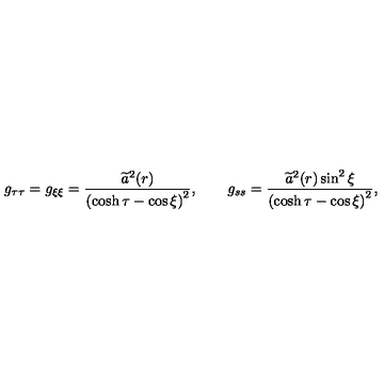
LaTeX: g _ { \tau \tau } = g _ { \xi \xi } = \frac { \widetilde { a } ^ { 2 } ( r ) } { \left( \cosh \tau - \cos \xi \right) ^ { 2 } } , \qquad g _ { s s } = \frac { \widetilde { a } ^ { 2 } ( r ) \sin ^ { 2 } \xi } { \left( \cosh \tau - \cos \xi \right) ^ { 2 } } ,